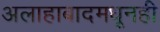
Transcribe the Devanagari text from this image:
अलाहाबादमधूनही